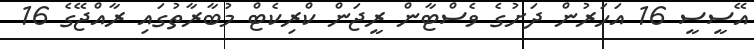
އޭސީސީ 16 އަހަރުން ދަށުގެ ވެސްޓާން ރީޖަން ކްރިކެޓް މުބާރާތުގައި ރާއްޖޭގެ 16